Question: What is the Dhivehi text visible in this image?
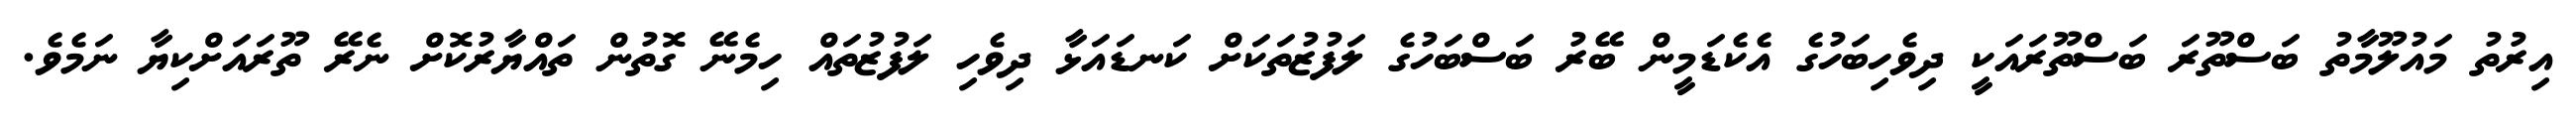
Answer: އިރުތު މައުލޫމާތު ބަސްތޫރަ ބަސްތޫރައަކީ ދިވެހިބަހުގެ އެކެޑަމީން ބޭރު ބަސްބަހުގެ ލަފުޒުތަކަށް ކަނޑައަޅާ ދިވެހި ލަފުޒުތައް ހިމެނޭ ގޮތުން ތައްޔާރުކޮށް ނެރޭ ތޫރައަށްކިޔާ ނަމެވެ.